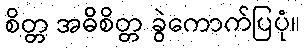
စိတ္တ အဓိစိတ္တ ခွဲကောက်ပြပုံ။